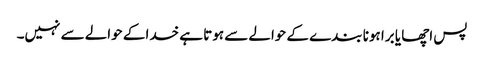
پس اچھا یا برا ہونا بندے کے حوالے سے ہوتا ہے خدا کے حوالے سے نہیں۔